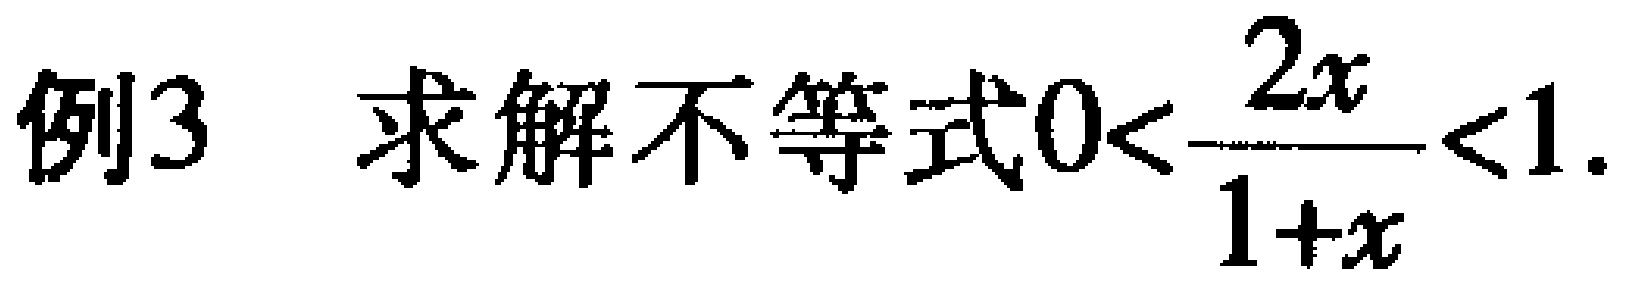
例3 求解不等式\(0<\frac{2x}{1 + x}<1\)